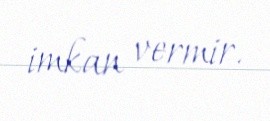
imkan vermir.